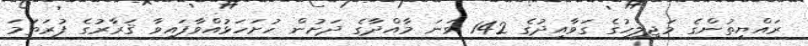
ރައްޔިތުންގެ މަޖިލީހުގެ ގަވާއިދުގެ 142 ވަނަ މާއްދާގެ ދަށުން ހުށަހަޅުއްވާފައިވާ ޤަރާރުގެ ފުރަތަމަ